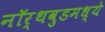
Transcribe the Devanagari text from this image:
नॉर्थवुडमध्ये